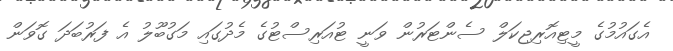
އެގައުމުގެ މީޓިއޮރިޖިކަލް ސެންޓަރުން ވަނީ ޓުއަރިސްޓުގެ މެދުގައި މަގުބޫލު އެ ފަރުބަަދަ ގޮވަން